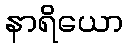
နာရိယော